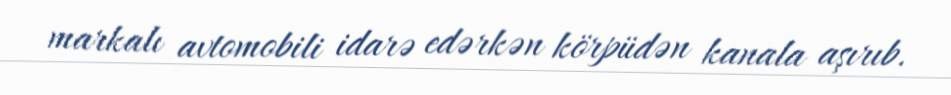
markalı avtomobili idarə edərkən körpüdən kanala aşırıb.